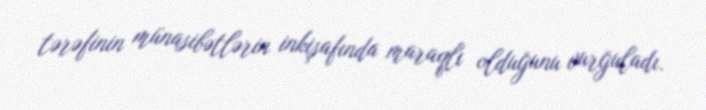
tərəfinin münasibətlərin inkişafında maraqlı olduğunu vurğuladı.